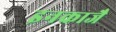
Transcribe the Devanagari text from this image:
इनकाजै